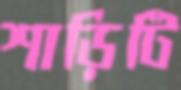
শাড়িটি